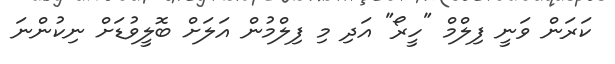
ކަރަން ވަނީ ފިލްމް "ހީރޯ" އަދި މި ފިލްމުން އަލަށް ބޮލީވުޑަށް ނިކުންނަ